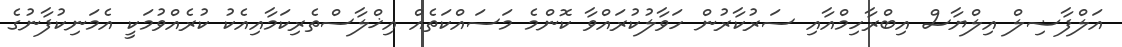
އަލްފާޟިލް އިލްޔާސް އިބްރާހިމްއާއި ސަރުކާރުން ހަވާލުކުރައްވާ ކޮންމެ މަސައްކަތެއް އިޚްލާސްތެރިކަމާއިއެކު ކުރެއްވުމަކީ އެމަނިކުފާނުގެ